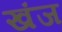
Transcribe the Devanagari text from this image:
खंज